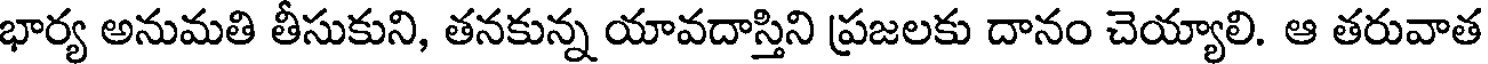
భార్య అనుమతి తీసుకుని, తనకున్న యావదాస్తిని ప్రజలకు దానం చెయ్యాలి. ఆ తరువాత